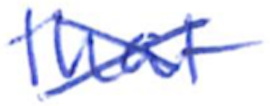
Text: that
Cross-out: cross
Writing tool: ballpoint